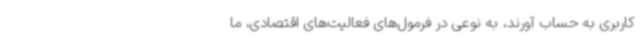
کاربری به حساب آورند، به نوعی در فرمول‌های فعالیت‌های اقتصادی، ما